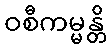
ဝစီကမ္မန္တိ